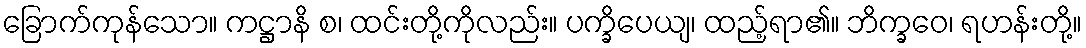
ခြောက်ကုန်သော။ ကဋ္ဌာနိ စ၊ ထင်းတို့ကိုလည်း။ ပက္ခိပေယျ၊ ထည့်ရာ၏။ ဘိက္ခဝေ၊ ရဟန်းတို့။